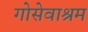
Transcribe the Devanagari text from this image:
गोसेवाश्रम